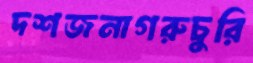
দশজনাগরুচুরি